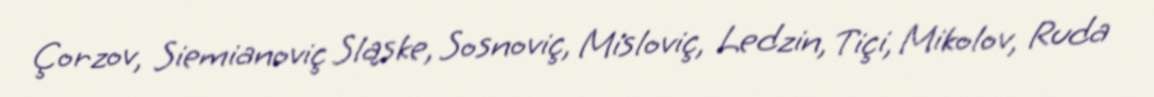
Çorzov, Siemianoviç Sląske, Sosnoviç, Misloviç, Ledzin, Tiçi, Mikolov, Ruda